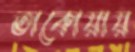
তাকোয়ায়